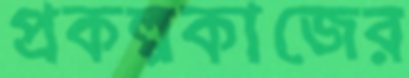
প্রকল্পকাজের